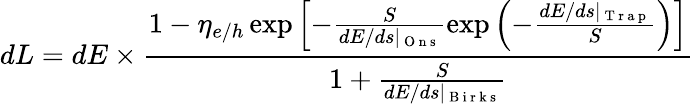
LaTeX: dL=dE\times\frac{1-\eta_{e/h}\exp{\left[-\frac{S}{dE/ds\mid_{\mathrm{~O~n~s~}}}\exp{\left(-\frac{dE/ds\mid_{\mathrm{~T~r~a~p~}}}{S}\right)}\right]}}{1+\frac{S}{dE/ds\mid_{\mathrm{~B~i~r~k~s~}}}}